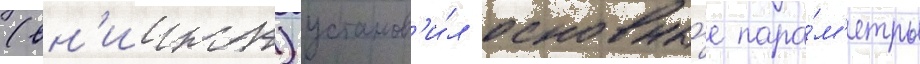
(вн'иижт) установ'и́л основны́е пара́м'етры